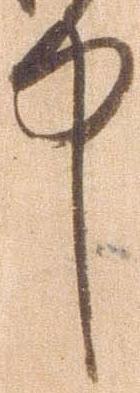
中